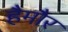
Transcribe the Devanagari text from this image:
हैमौर